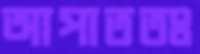
আপাততঃ